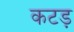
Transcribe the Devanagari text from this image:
कटड़